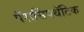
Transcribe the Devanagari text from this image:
पॅरासिंपथॅटिक